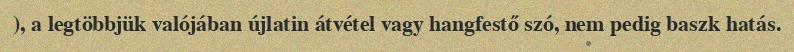
), a legtöbbjük valójában újlatin átvétel vagy hangfestő szó, nem pedig baszk hatás.